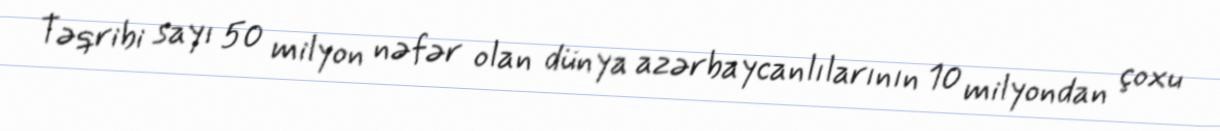
Təqribi sayı 50 milyon nəfər olan dünya azərbaycanlılarının 10 milyondan çoxu